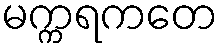
မက္ကရကတေ